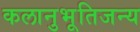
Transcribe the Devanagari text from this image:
कलानुभूतिजन्य